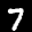
Label: 7